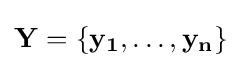
\mathbf {Y} =\{\mathbf {y_{1}} ,\dots ,\mathbf {y_{n}} \}